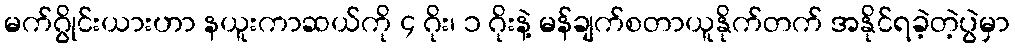
မက်ဂွိုင်းယားဟာ နယူးကာဆယ်ကို ၄ ဂိုး၊ ၁ ဂိုးနဲ့ မန်ချက်စတာယူနိုက်တက် အနိုင်ရခဲ့တဲ့ပွဲမှာ